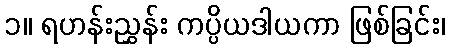
၁။ ရဟန်းညွှန်း ကပ္ပိယဒါယကာ ဖြစ်ခြင်း၊